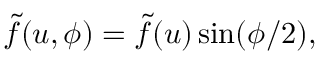
\tilde { f } ( u , \phi ) = \tilde { f } ( u ) \sin ( \phi / 2 ) ,